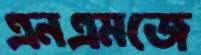
এনএমজে